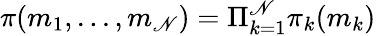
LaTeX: \pi(m_{1},...,m_{\mathscr{N}})=\Pi_{k=1}^{\mathscr{N}}\pi_{k}(m_{k})